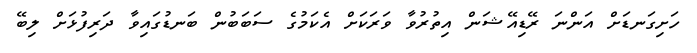
ހަށިގަނޑަށް އަންނަ ރޭޑިއޭޝަން އިތުރުވާ ވަރަކަށް އެކަމުގެ ސަބަބުން ބަނޑުގައިވާ ދަރިފުޅަށް ލިބޭ